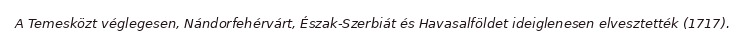
A Temesközt véglegesen, Nándorfehérvárt, Észak-Szerbiát és Havasalföldet ideiglenesen elvesztették (1717).